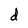
Character: d